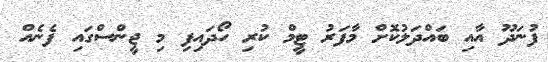
ފުނަދޫ އާއި ބައްދަލުކޮށް މާފަރު ޓީމް ކުރި ހޯދައިފި މި ޖީންސްގައި ފެނެއް